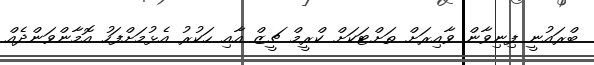
ބްރައުނީ ފިނިވާން ވާއިރަށް ތަށްޓަކަށް ކްރީމް ޗީޒް އާއި ހަކުރު އެޅުމަށްފަހު އޮމާންވަންދެއް